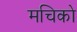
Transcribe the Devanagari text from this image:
मचिको